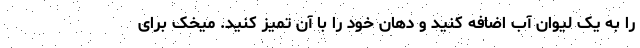
را به یک لیوان آب اضافه کنید و دهان خود را با آن تمیز کنید. میخک برای